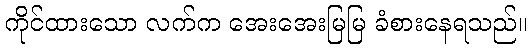
ကိုင်ထားသော လက်က အေးအေးမြမြ ခံစားနေရသည်။